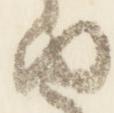
由